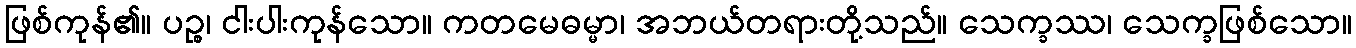
ဖြစ်ကုန်၏။ ပဉ္စ၊ ငါးပါးကုန်သော။ ကတမေဓမ္မာ၊ အဘယ်တရားတို့သည်။ သေက္ခဿ၊ သေက္ခဖြစ်သော။